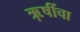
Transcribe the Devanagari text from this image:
ऋ़षींचा